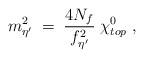
LaTeX: \begin{align*}m_{\eta^\prime}^2 \; = \; \frac{4 N_f}{f_{\eta^\prime}^2} \; \chi_{top}^0 \; ,\end{align*}